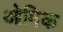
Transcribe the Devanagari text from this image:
ओमिक